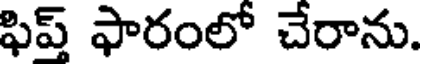
ఫిప్ ఫారంలో చేరాను.